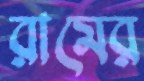
রামের